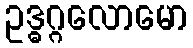
ဥဒ္ဓဂ္ဂလောမော